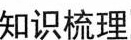
知识梳理